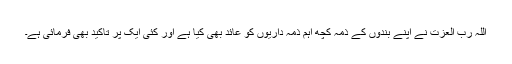
اللہ رب العزت نے اپنے بندوں کے ذمہ کچھ اہم ذمہ داریوں کو عائد بھی کیا ہے اور کئی ایک پر تاکید بھی فرمائی ہے۔